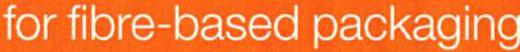
for fibre-based packaging